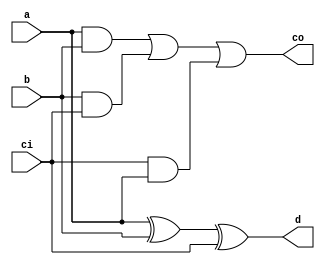
module parallel_subtractor(a,b,ci,d,co);
input a,b,ci;
output d,co;
assign d=a^b^ci;
assign co=(a & b) | (b & ci) | (ci & a);
endmodule    

module parallel_full_subtractor(
    input [3:0] a,b,
    input ci,
    output[3:0] d,
    output co);
    wire [2:0] w;
 parallel_subtractor fa1 (a[0],!b[0],ci,d[0],w[0]);
 parallel_subtractor fa2 (a[1],!b[1],w[0],d[1],w[1]);
 parallel_subtractor fa3 (a[2],!b[2],w[1],d[2],w[2]);
 parallel_subtractor fa4 (a[3],!b[3],w[2],d[3],co);
 endmodule